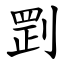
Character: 㓻